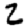
Digit: 2